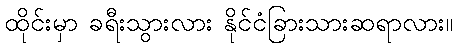
ထိုင်းမှာ ခရီးသွားလား နိုင်ငံခြားသားဆရာလား။